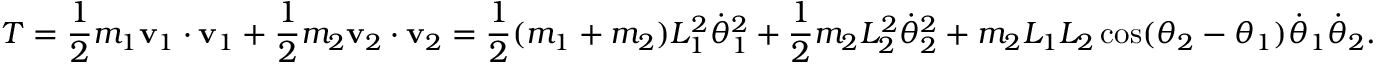
T = { \frac { 1 } { 2 } } m _ { 1 } \mathbf { v } _ { 1 } \cdot \mathbf { v } _ { 1 } + { \frac { 1 } { 2 } } m _ { 2 } \mathbf { v } _ { 2 } \cdot \mathbf { v } _ { 2 } = { \frac { 1 } { 2 } } ( m _ { 1 } + m _ { 2 } ) L _ { 1 } ^ { 2 } { \dot { \theta } } _ { 1 } ^ { 2 } + { \frac { 1 } { 2 } } m _ { 2 } L _ { 2 } ^ { 2 } { \dot { \theta } } _ { 2 } ^ { 2 } + m _ { 2 } L _ { 1 } L _ { 2 } \cos ( \theta _ { 2 } - \theta _ { 1 } ) { \dot { \theta } } _ { 1 } { \dot { \theta } } _ { 2 } .